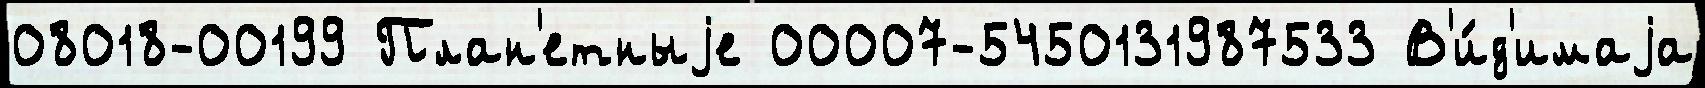
08018-00199 План'етныjе 00007-5450131987533 В'и́д'имаjа